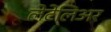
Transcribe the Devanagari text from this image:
लेटेलिअर